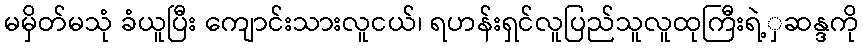
မမှိတ်မသုံ ခံယူပြီး ကျောင်းသားလူငယ်၊ ရဟန်းရှင်လူပြည်သူလူထုကြီးရဲ့ှဆန္ဒကို